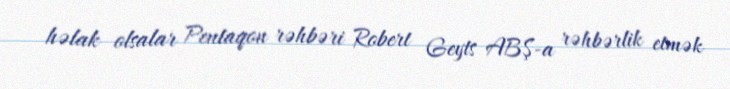
həlak olsalar Pentaqon rəhbəri Robert Geyts ABŞ-a rəhbərlik etmək